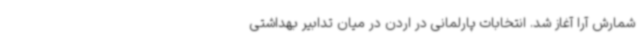
شمارش آرا آغاز شد. انتخابات پارلمانی در اردن در میان تدابیر بهداشتی